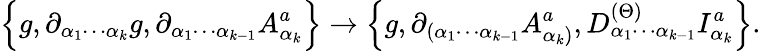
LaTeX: \Big\{ g,\partial_{\alpha_{1}\cdots\alpha_{k}}g,\partial_{\alpha_{1}\cdots\alpha_{k-1}}A_{\alpha_{k}}^{a}\Big\} \rightarrow\Big\{ g,\partial_{(\alpha_{1}\cdots\alpha_{k-1}}A_{\alpha_{k})}^{a},D_{\alpha_{1}\cdots\alpha_{k-1}}^{(\Theta)}I_{\alpha_{k}}^{a}\Big\} .